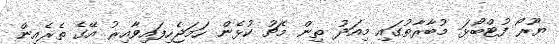
ޔޫރޯ ފުޓްބޯޅަ މުބާރާތުގައި މިއަދު ތިން މެޗު ކުޅެން ހަމަޖެހިފައިވާއިރު އޭގެ ތެރެއިން